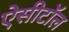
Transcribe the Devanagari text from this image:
ऐसीटॉल